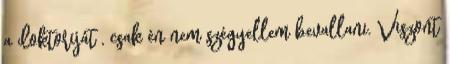
a doktoriját , csak én nem szégyellem bevallani. Viszont